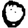
Digit: 0